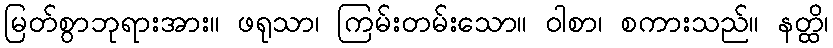
မြတ်စွာဘုရားအား။ ဖရုသာ၊ ကြမ်းတမ်းသော။ ဝါစာ၊ စကားသည်။ နတ္ထိ၊